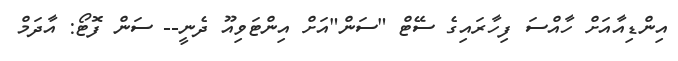
އިންޑިއާއަށް ހާއްސަ ފިހާރައިގެ ސޭޓް "ސަން"އަށް އިންޓަވިއޫ ދެނީ-- ސަން ފޮޓޯ: އާދަމް